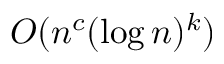
O ( n ^ { c } ( \log n ) ^ { k } )